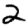
Digit: 2